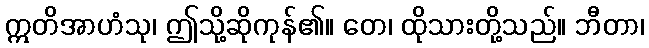
ဣတိအာဟံသု၊ ဤသို့ဆိုကုန်၏။ တေ၊ ထိုသားတို့သည်။ ဘီတာ၊